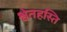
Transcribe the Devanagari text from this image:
श्वेतहस्ति